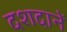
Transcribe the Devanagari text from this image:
दशदानें